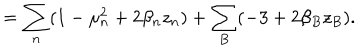
= \sum _ { n } ( 1 - \mu _ { n } ^ { 2 } + 2 \beta _ { n } z _ { n } ) + \sum _ { B } ( - 3 + 2 \beta _ { B } z _ { B } ) .